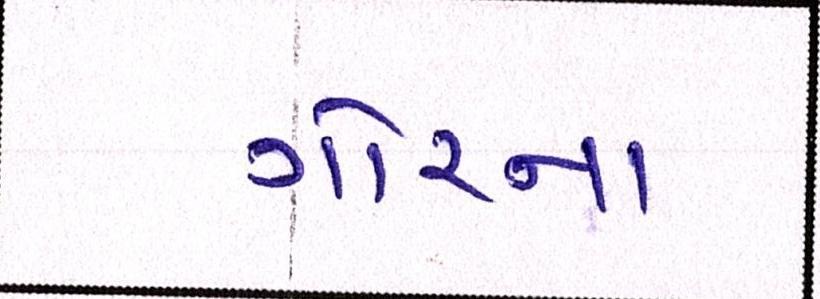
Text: ગોરના